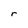
Character: r